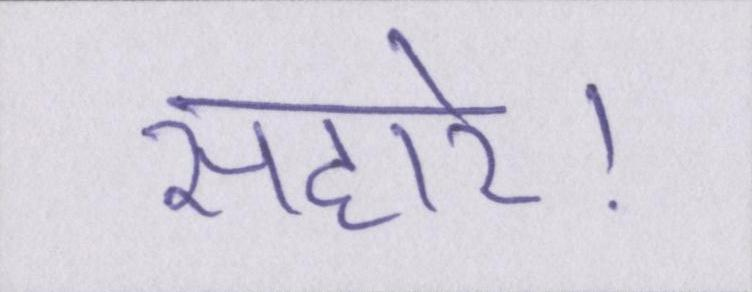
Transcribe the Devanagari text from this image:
सहारे।